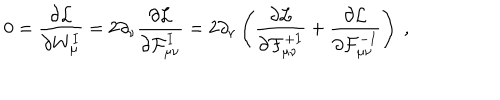
0 = \frac { \partial { \cal L } } { \partial W _ { \mu } ^ { I } } = 2 \partial _ { \nu } \frac { \partial { \cal L } } { \partial { \cal F } _ { \mu \nu } ^ { I } } = 2 \partial _ { \nu } \left( \frac { \partial { \cal L } } { \partial { \cal F } _ { \mu \nu } ^ { + I } } + \frac { \partial { \cal L } } { \partial { \cal F } _ { \mu \nu } ^ { - I } } \right) \ ,